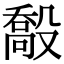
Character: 𣪽